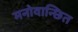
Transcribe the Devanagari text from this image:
मनोवान्छित